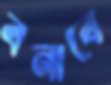
বনাবে